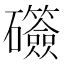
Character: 𬒫